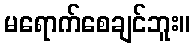
မရောက်စေချင်ဘူး။